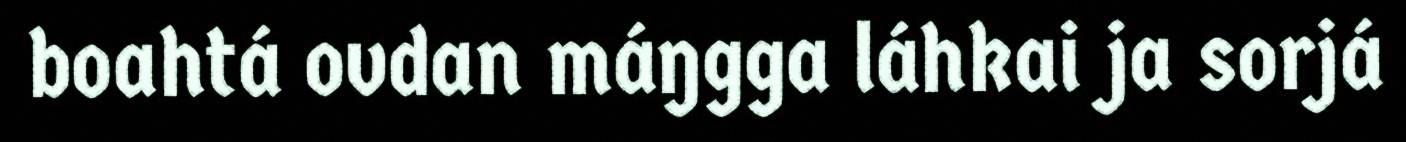
boahtá ovdan máŋgga láhkai ja sorjá